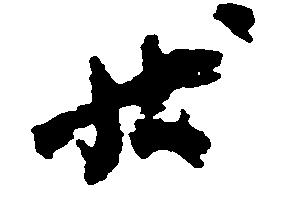
状